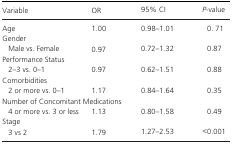
| Variable | OR | 95% CI | P‐value |
 | --- | --- | --- | --- |
 | Age | 1.00 | 0.98–1.01 | 0. 71 |
 | <COLSPAN=4> Gender |
 | Male vs. Female | 0.97 | 0.72–1.32 | 0.87 |
 | <COLSPAN=4> Performance Status |
 | 2–3 vs. 0–1 | 0.97 | 0.62–1.51 | 0.88 |
 | <COLSPAN=4> Comorbidities |
 | 2 or more vs. 0–1 | 1.17 | 0.84–1.64 | 0.35 |
 | <COLSPAN=4> Number of Concomitant Medications |
 | 4 or more vs. 3 or less | 1.13 | 0.80–1.58 | 0.49 |
 | <COLSPAN=4> Stage |
 | 3 vs 2 | 1.79 | 1.27–2.53 | <0.001 |